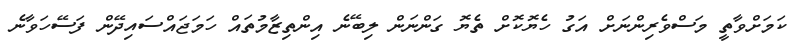
ކަމަށްވާތީ މަސްވެރިންނަށް އަގު ހެޔޮކޮށް ތެޔޮ ގަންނަން ލިބޭނެ އިންތިޒާމުތައް ހަމަޖައްސައިދޭން ފަސޭހަވާނެ